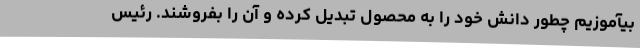
بیآموزیم چطور دانش خود را به محصول تبدیل کرده و آن را بفروشند. رئیس